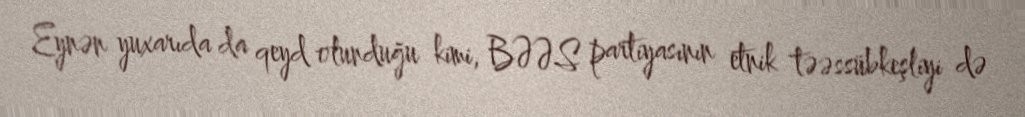
Eynən yuxarıda da qeyd olunduğu kimi, BƏƏS partiyasının etnik təəssübkeşliyi də